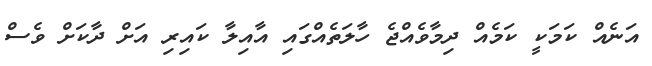
އަނެއް ކަމަކީ ކަމެއް ދިމާވެއްޖެ ހާލަތެއްގައި އާއިލާ ކައިރި އަށް ދާކަށް ވެސް